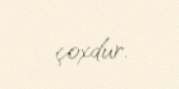
çoxdur.